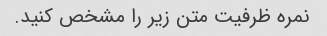
نمره ظرفیت متن زیر را مشخص کنید.